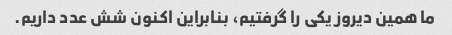
ما همین دیروز یکی را گرفتیم، بنابراین اکنون شش عدد داریم.